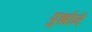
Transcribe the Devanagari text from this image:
पुझोने